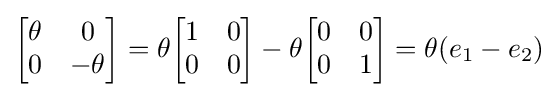
{\begin{bmatrix}\theta &0\\0&-\theta \\\end{bmatrix}}=\theta {\begin{bmatrix}1&0\\0&0\\\end{bmatrix}}-\theta {\begin{bmatrix}0&0\\0&1\\\end{bmatrix}}=\theta (e_{1}-e_{2})